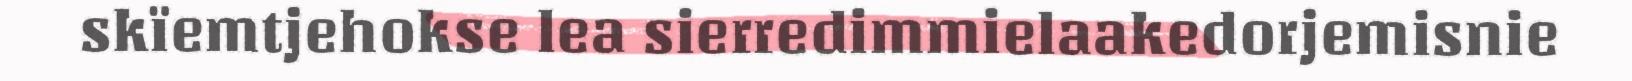
skïemtjehokse lea sierredimmielaakedorjemisnie